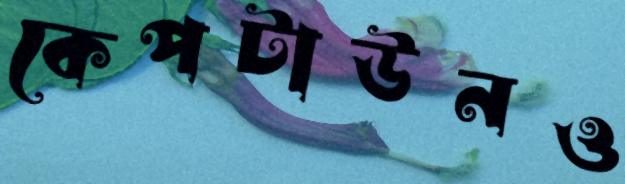
কেপটাউনও